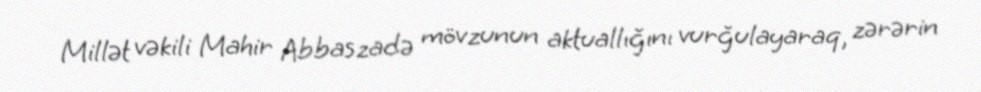
Millət vəkili Mahir Abbaszadə mövzunun aktuallığını vurğulayaraq, zərərin